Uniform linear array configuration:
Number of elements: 48
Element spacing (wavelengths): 0.5
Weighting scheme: blackman
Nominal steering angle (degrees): -60
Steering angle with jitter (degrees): -61.036
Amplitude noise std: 0.05
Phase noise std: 0.05

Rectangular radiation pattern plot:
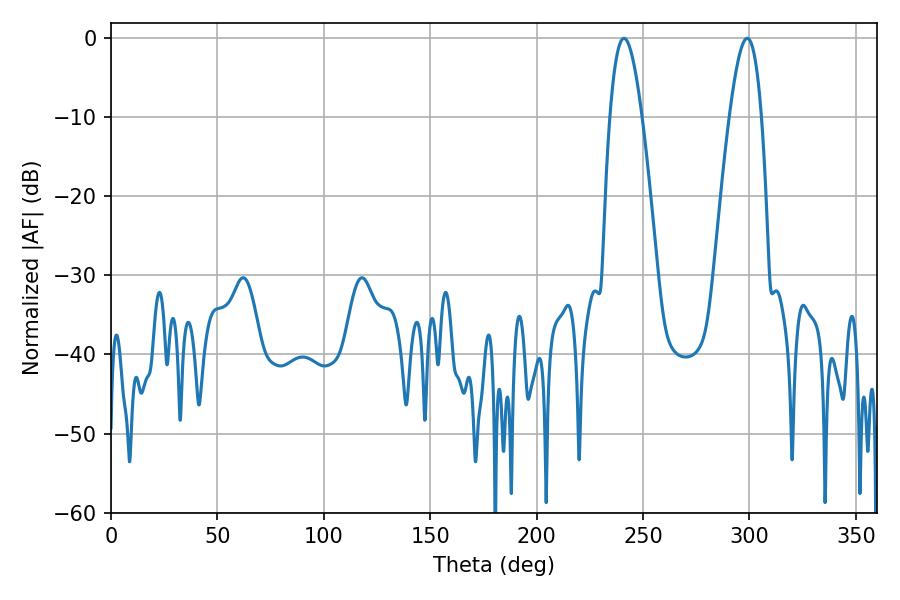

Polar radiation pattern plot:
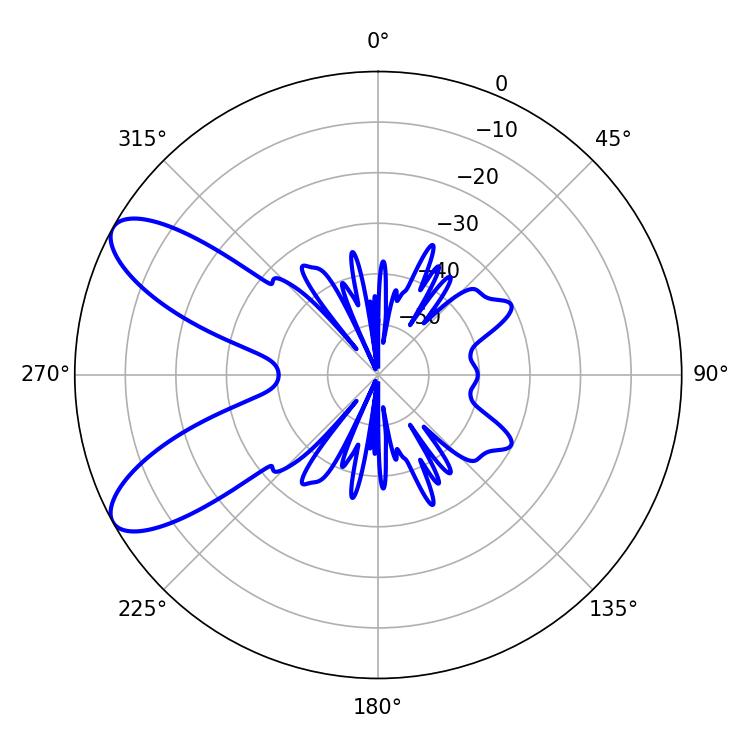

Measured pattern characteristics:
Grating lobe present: FALSE
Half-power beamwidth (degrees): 8.1
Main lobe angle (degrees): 241.02